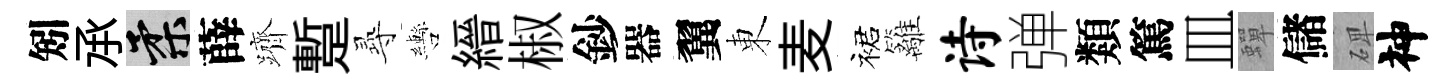
矧𠄘柔薛躋蹔𡬶轡縉椒鈔器翼東麦裙籬诗弹類篤皿蟬儲𥓓神